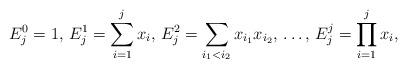
LaTeX: \begin{align*}E_j^0=1,\, E_j^1=\sum_{i=1}^j x_i,\, E_j^2=\sum_{i_1<i_2}x_{i_1}x_{i_2},\, \ldots,\, E_j^j=\prod_{i=1}^j x_i,\end{align*}